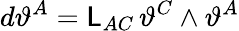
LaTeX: d\vartheta^{A}=\mathsf{L}_{AC}\, \vartheta^{C}\wedge\vartheta^{A}